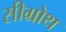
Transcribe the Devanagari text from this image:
सीग्रोथ